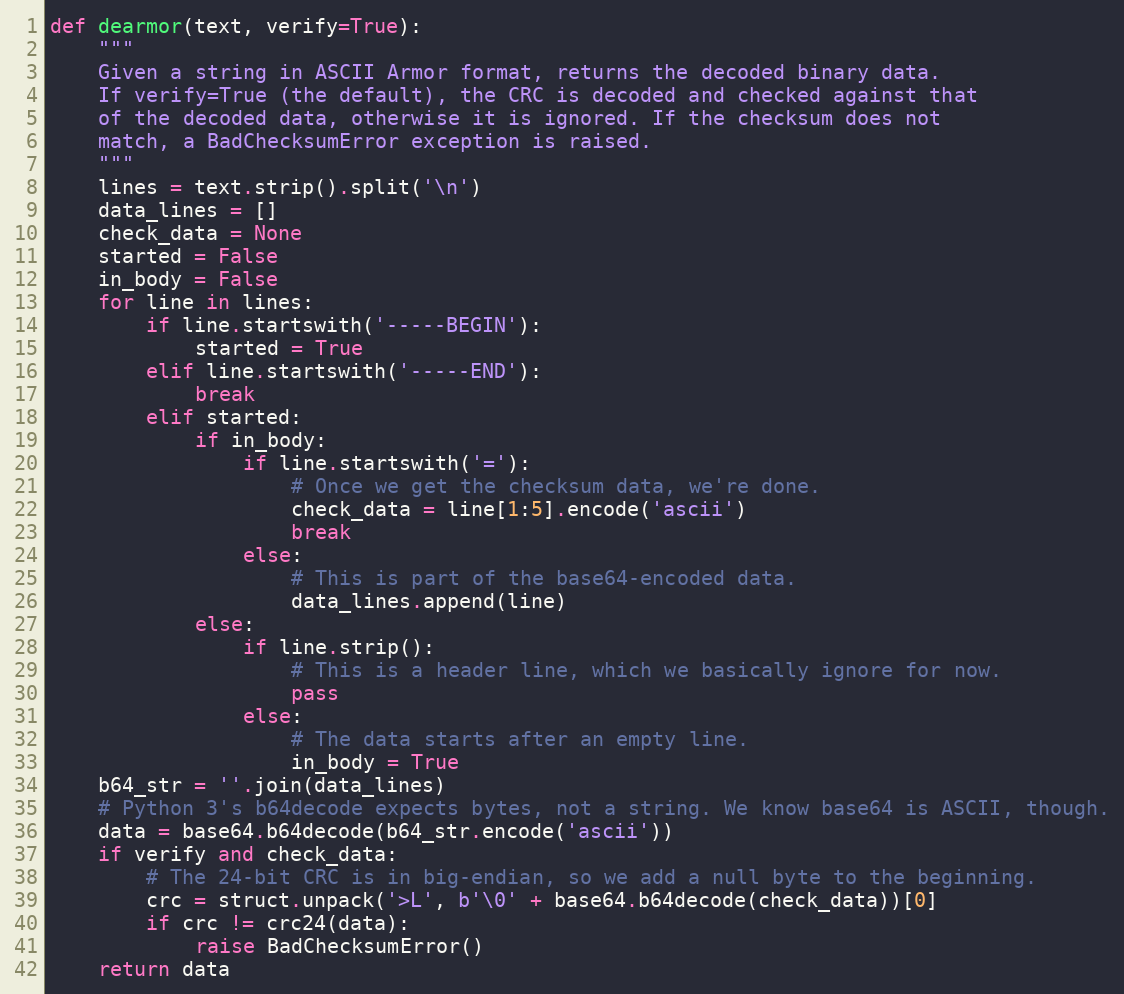
Language: Python
def dearmor(text, verify=True):
    """
    Given a string in ASCII Armor format, returns the decoded binary data.
    If verify=True (the default), the CRC is decoded and checked against that
    of the decoded data, otherwise it is ignored. If the checksum does not
    match, a BadChecksumError exception is raised.
    """
    lines = text.strip().split('\n')
    data_lines = []
    check_data = None
    started = False
    in_body = False
    for line in lines:
        if line.startswith('-----BEGIN'):
            started = True
        elif line.startswith('-----END'):
            break
        elif started:
            if in_body:
                if line.startswith('='):
                    # Once we get the checksum data, we're done.
                    check_data = line[1:5].encode('ascii')
                    break
                else:
                    # This is part of the base64-encoded data.
                    data_lines.append(line)
            else:
                if line.strip():
                    # This is a header line, which we basically ignore for now.
                    pass
                else:
                    # The data starts after an empty line.
                    in_body = True
    b64_str = ''.join(data_lines)
    # Python 3's b64decode expects bytes, not a string. We know base64 is ASCII, though.
    data = base64.b64decode(b64_str.encode('ascii'))
    if verify and check_data:
        # The 24-bit CRC is in big-endian, so we add a null byte to the beginning.
        crc = struct.unpack('>L', b'\0' + base64.b64decode(check_data))[0]
        if crc != crc24(data):
            raise BadChecksumError()
    return data